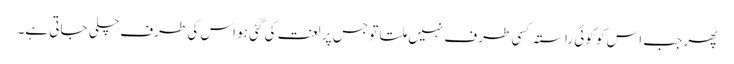
پھر جب اس کو کوئی راستہ کسی طرف نہیں ملتا تو جس پر لعنت کی گئی ہو اس کی طرف چلی جاتی ہے۔